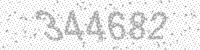
Solution: 344682